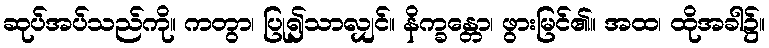
ဆုပ်အပ်သည်ကို။ ကတွာ၊ ပြု၍သာလျှင်။ နိက္ခန္တော၊ ဖွားမြင်၏။ အထ၊ ထိုအခါ၌။